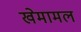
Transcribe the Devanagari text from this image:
खेमामल